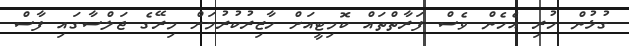
ގުޅުން ހުރި އެހެން ވެސް ފަރާތްތައް ކޮމިޓީއަށް ހާޒިރުކުރުމަށް މިރޭގެ ޖަލްސާގައި ފާސް